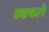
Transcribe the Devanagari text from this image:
तक्षकाने